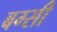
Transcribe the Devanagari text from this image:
बग्सी